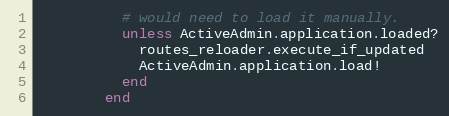
Language: Ruby
          # would need to load it manually.
          unless ActiveAdmin.application.loaded?
            routes_reloader.execute_if_updated
            ActiveAdmin.application.load!
          end
        end